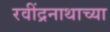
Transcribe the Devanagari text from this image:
रवींद्रनाथाच्या